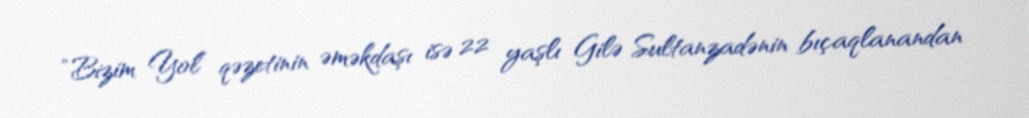
“Bizim Yol” qəzetinin əməkdaşı isə 22 yaşlı Gilə Sultanzadənin bıçaqlanandan